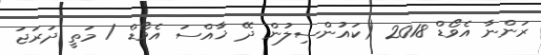
ރަންނާ އެވޯޑް 2018 (ކައުންސިލުން ދޭ ޚާއްސަ އެވޯޑް / މަތީ ދަރަޖަ